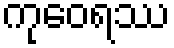
ကုဝေရဿ